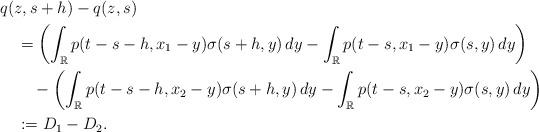
LaTeX: \begin{align*}&q(z,s+h)-q(z,s)\\&\quad{}= \biggl(\int_{\mathbb R} {p}(t-s-h, x_1-y)\sigma(s+h,y)\,dy-\int_{\mathbb R} {p}(t-s, x_1-y)\sigma(s,y)\,dy \biggr)\\&\qquad{}- \biggl(\int_{\mathbb R} {p}(t-s-h, x_2-y)\sigma(s+h,y)\,dy-\int_{\mathbb R} {p}(t-s, x_2-y)\sigma(s,y)\,dy \biggr)\\&\quad{}:=D_1-D_2.\end{align*}